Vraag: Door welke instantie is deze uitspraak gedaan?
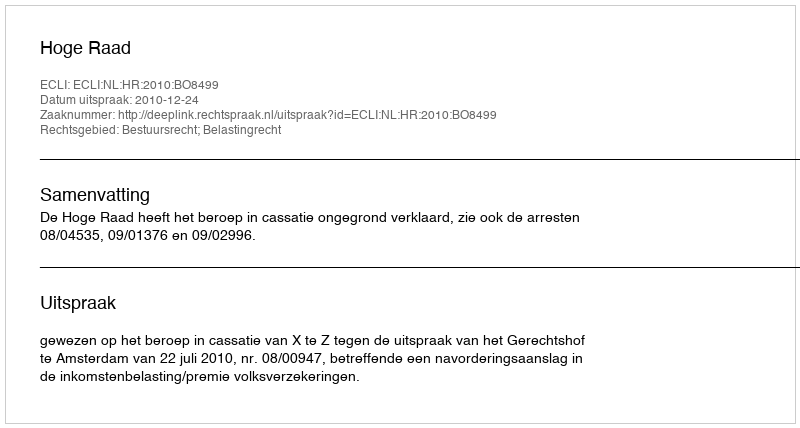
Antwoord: Hoge Raad